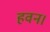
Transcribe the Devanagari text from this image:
हवन।